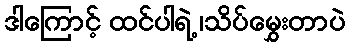
ဒါကြောင့် ထင်ပါရဲ့ ၊သိပ်မွှေးတာပဲ